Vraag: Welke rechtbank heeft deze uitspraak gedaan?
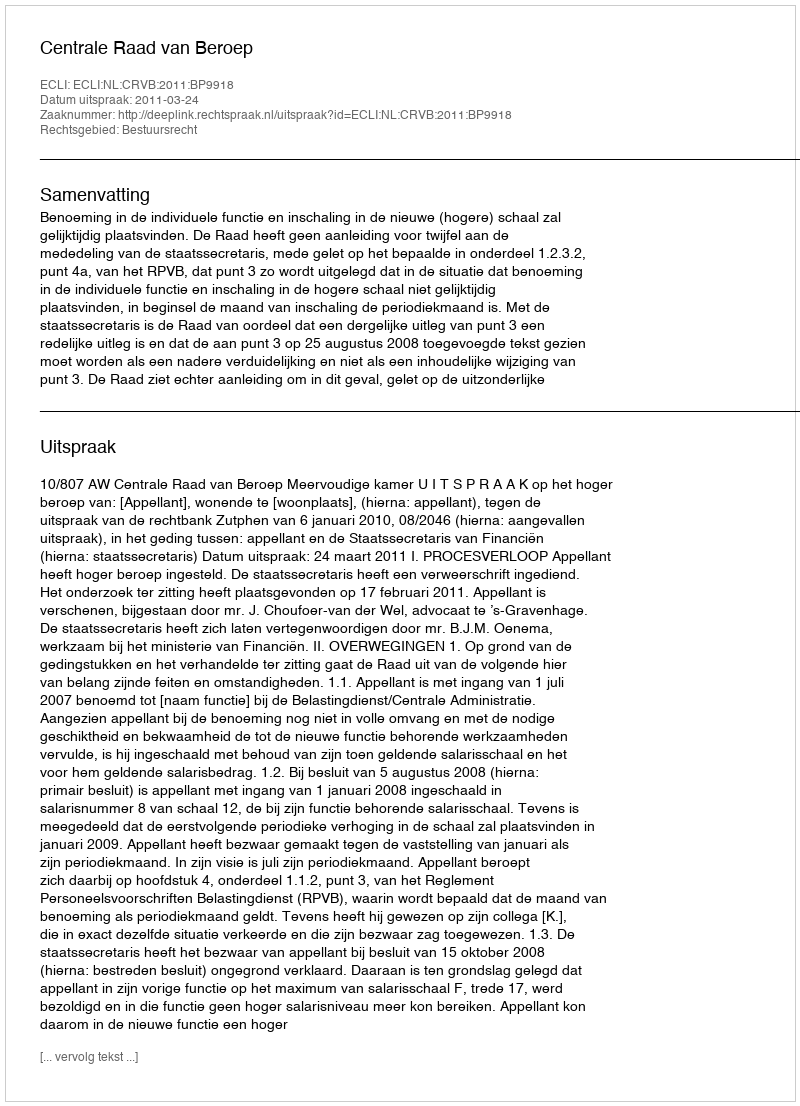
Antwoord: Centrale Raad van Beroep